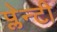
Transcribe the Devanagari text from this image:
प्लेन्टी